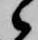
候